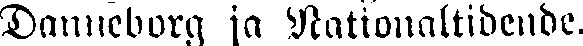
Danneborg ja Nationaltidende.